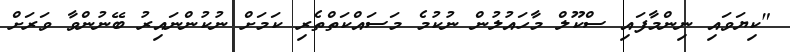
"ކިޔަވައި ނިންމާފައި ސްކޫލް މާހައުލުން ނުކުމެ މަސައްކަތްތެރި ކަމަށް ނުކުންނައިރު ބޭނުންވާ ވަރަށް